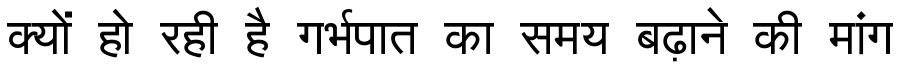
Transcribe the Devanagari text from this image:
क्यों हो रही है गर्भपात का समय बढ़ाने की मांग